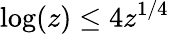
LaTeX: \log(z)\leq 4z^{1/4}